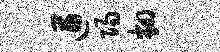
遒阳翻